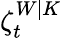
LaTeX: \zeta_{t}^{W|K}